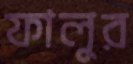
ফালুর